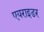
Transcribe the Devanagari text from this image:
एयराइडर